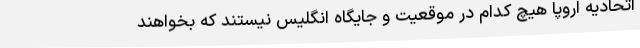
اتحادیه اروپا هیچ کدام در موقعیت و جایگاه انگلیس نیستند که بخواهند